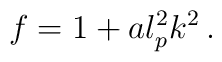
f= 1 + a l_{p}^{2} k^2 \, .